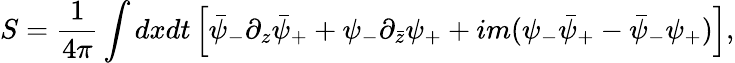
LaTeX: S={\frac{1}{4\pi}}\int dxdt\left[\bar{\psi}_{-}\partial_{z}\bar{\psi}_{+}+\psi_{-}\partial_{\bar{z}}\psi_{+}+im(\psi_{-}\bar{\psi}_{+}-\bar{\psi}_{-}\psi_{+})\right],